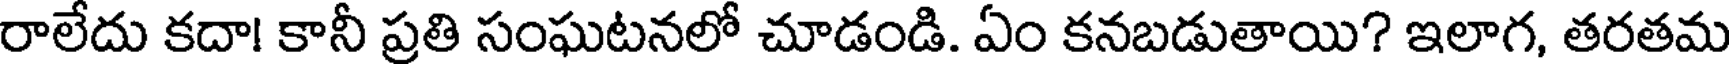
రాలేదు కదా! కానీ ప్రతి సంఘటనలో చూడండి. ఏం కనబడుతాయి? ఇలాగ, తరతమ